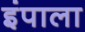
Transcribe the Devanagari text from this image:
इंपाला